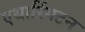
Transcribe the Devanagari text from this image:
एथारिंगटन